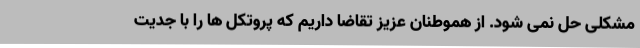
مشکلی حل نمی شود. از هموطنان عزیز تقاضا داریم که پروتکل ها را با جدیت